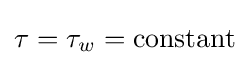
\tau =\tau _{w}={\text{constant}}